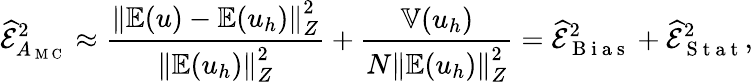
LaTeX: \widehat{\mathcal{E}}_{A_{\mathrm{~M~C~}}}^{2}\approx\frac{\left\Vert\mathbb{E}(u)-\mathbb{E}(u_{h})\right\Vert_{Z}^{2}}{\left\Vert\mathbb{E}(u_{h})\right\Vert_{Z}^{2}}+\frac{\mathbb{V}(u_{h})}{N\left\Vert\mathbb{E}(u_{h})\right\Vert_{Z}^{2}}=\widehat{\mathcal{E}}_{\mathrm{~B~i~a~s~}}^{2}+\widehat{\mathcal{E}}_{\mathrm{~S~t~a~t~}}^{2},